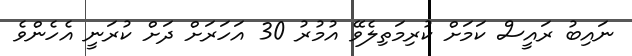
ނައިބު ރައީސް ކަމަށް ކުރިމަތިލެވޭ އުމުރު 30 އަހަރަށް ދަށް ކުރަނީ އެހެންވެ